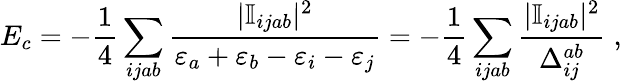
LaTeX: E_{c}=-\frac{1}{4}\sum_{ijab}\frac{|\mathbb{I}_{ijab}|^{2}}{\varepsilon_{a}+\varepsilon_{b}-\varepsilon_{i}-\varepsilon_{j}}=-\frac{1}{4}\sum_{ijab}\frac{|\mathbb{I}_{ijab}|^{2}}{\Delta_{ij}^{ab}}\; ,